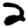
Digit: 2